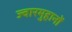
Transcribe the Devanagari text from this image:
ज्वारमुहानों